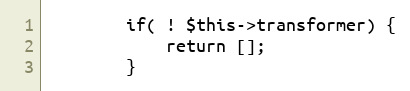
Language: PHP
        if( ! $this->transformer) {
            return [];
        }